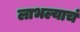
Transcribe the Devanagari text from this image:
लाभल्याचं